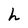
Character: h